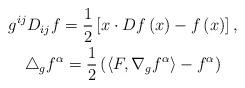
LaTeX: \begin{gather*}g^{ij}D_{ij}f=\frac{1}{2}\left[ x\cdot Df\left( x\right) -f\left(x\right) \right] ,\\\triangle_{g}f^{\alpha}=\frac{1}{2}\left( \left\langle F,\nabla_{g}f^{\alpha}\right\rangle -f^{\alpha}\right)\end{gather*}